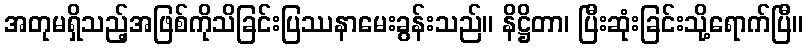
အတုမရှိသည့်အဖြစ်ကိုသိခြင်းပြဿနာမေးခွန်းသည်။ နိဋ္ဌိတာ၊ ပြီးဆုံးခြင်းသို့ရောက်ပြီ။